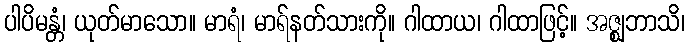
ပါပိမန္တံ၊ ယုတ်မာသော။ မာရံ၊ မာရ်နတ်သားကို။ ဂါထာယ၊ ဂါထာဖြင့်။ အဇ္ဈဘာသိ၊